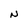
Character: N